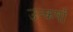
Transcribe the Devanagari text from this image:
उत्कर्षों